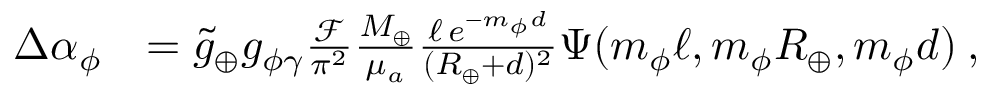
\begin{array} { r l } { \Delta \alpha _ { \phi } } & { = \ensuremath { \tilde { g } _ { \oplus } } \ensuremath { g _ { \phi \gamma } } \frac { \mathcal { F } } { \pi ^ { 2 } } \frac { M _ { \oplus } } { \mu _ { a } } \frac { \ell \, e ^ { - m _ { \phi } d } } { ( R _ { \oplus } + d ) ^ { 2 } } \Psi ( m _ { \phi } \ell , m _ { \phi } R _ { \oplus } , m _ { \phi } d ) \: , } \end{array}